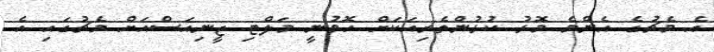
އެ މެޗުގެ އެންމެ މޮޅު ކުޅުންތެރިއަކަށް ހޮވުނީ މަލްޓި ޖީނިއަސްއަށް މެޗުގައި އެ